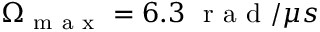
\Omega _ { \mathrm { ~ m ~ a ~ x ~ } } = 6 . 3 \ \mathrm { ~ r ~ a ~ d ~ } / \mu s